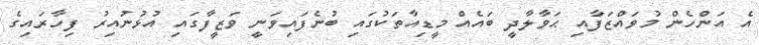
އެ އަންހެން މުވައްޒަފާއި ޙަވާލާދީ ބައެއް މީޑިއާތަކުގައި ބުނެފައިވަނީ ވަޒީފާގައި އުޅުނުއިރު ފިހާރައިގެ